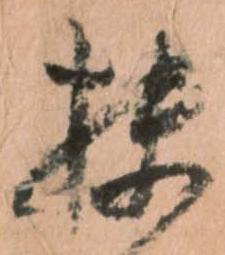
扶